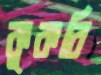
কুকরি